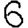
Digit: 6